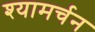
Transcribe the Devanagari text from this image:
श्यामर्चन